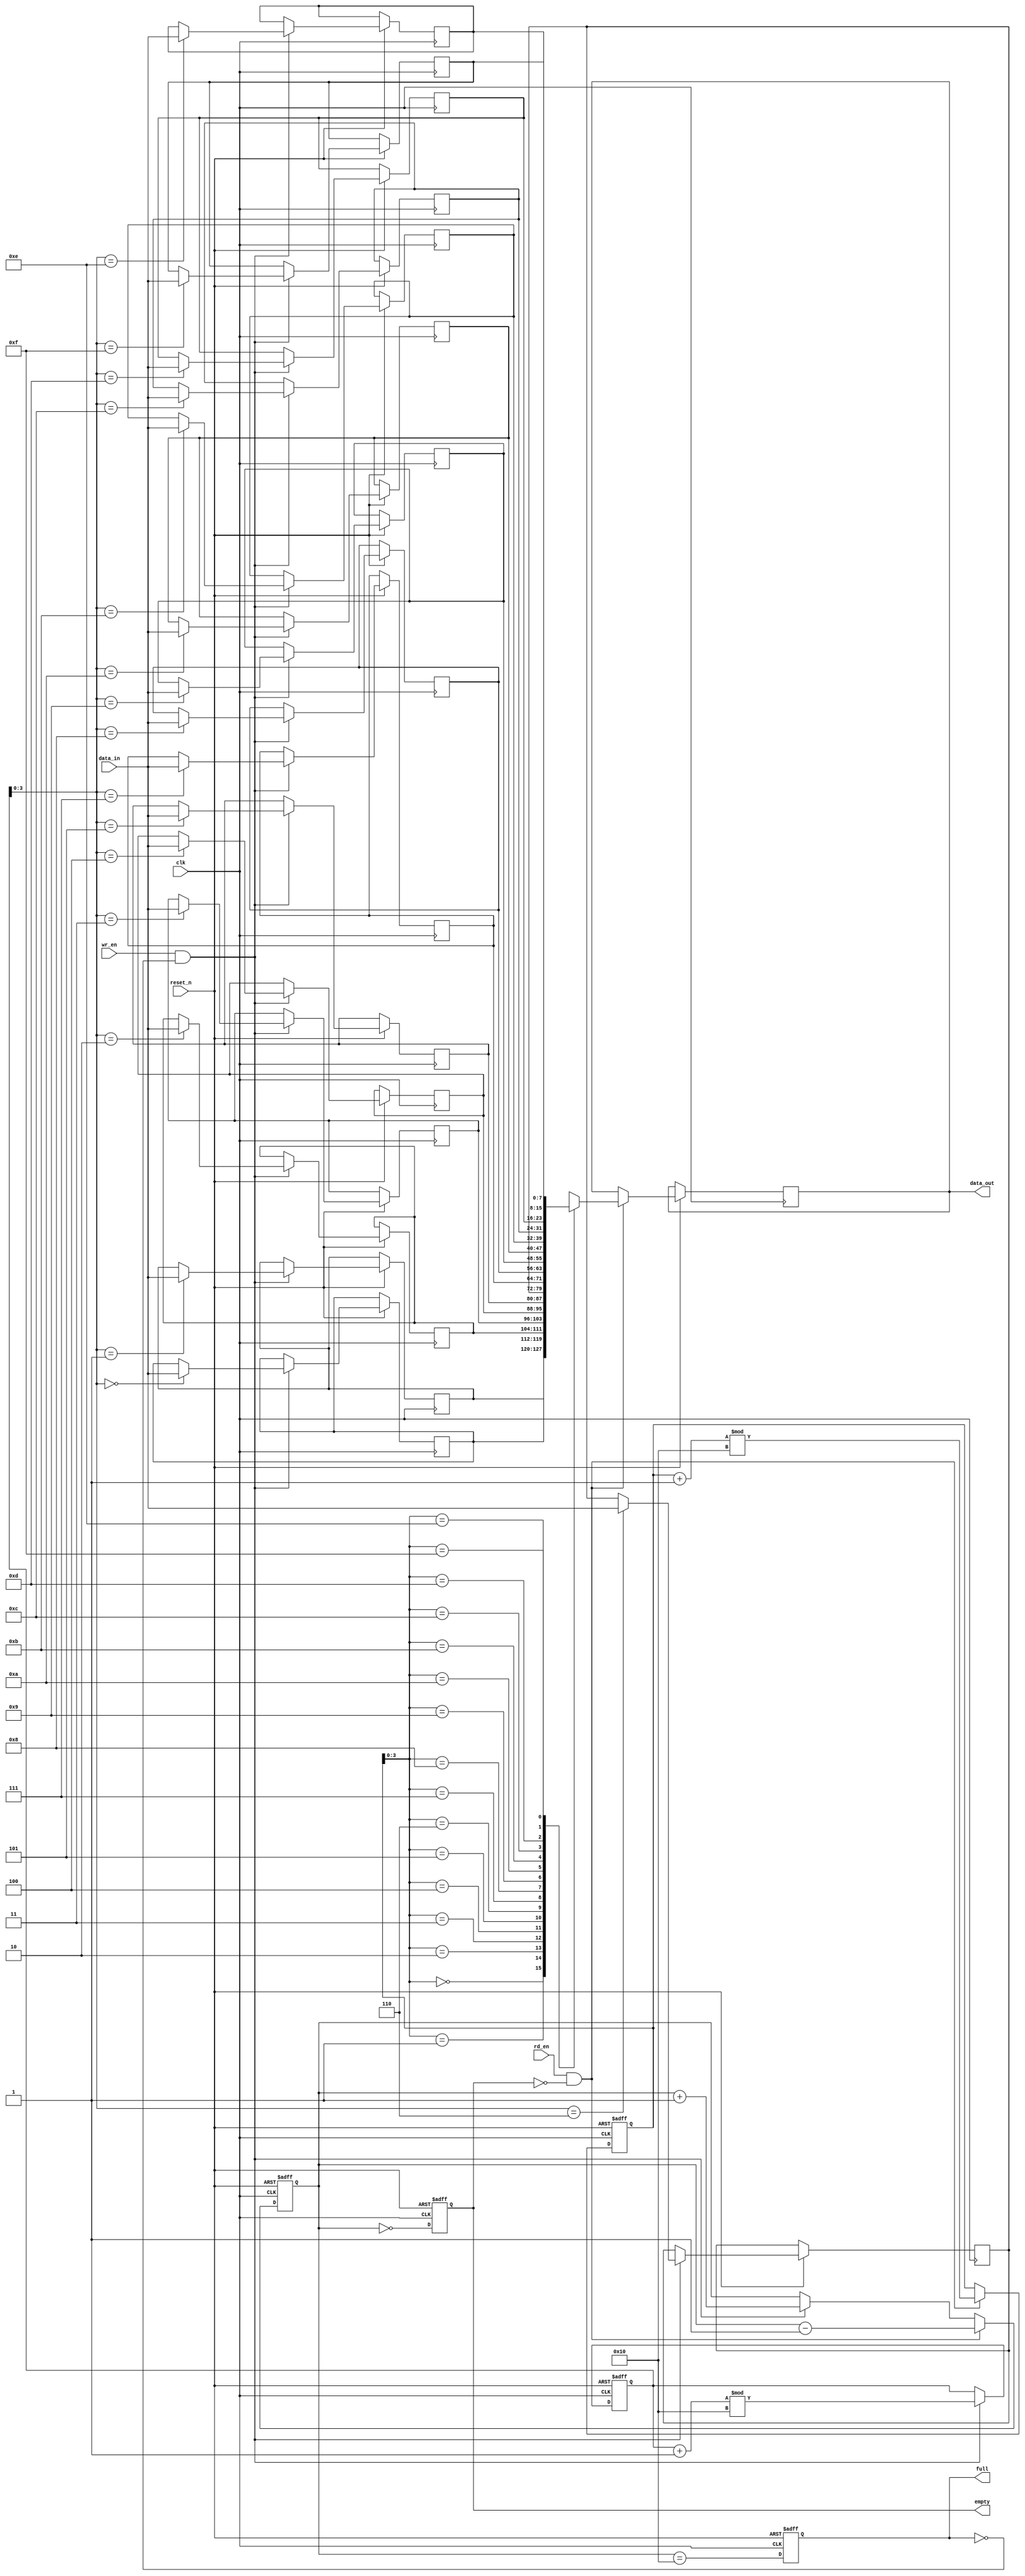
module parameterized_fifo #(
    parameter DATA_WIDTH = 8,              // Width of each data entry
    parameter FIFO_DEPTH = 16               // Depth of the FIFO (must be a power of 2)
) (
    input wire clk,                         // Clock signal
    input wire reset_n,                     // Asynchronous active low reset signal
    input wire wr_en,                       // Write enable signal
    input wire rd_en,                       // Read enable signal
    input wire [DATA_WIDTH-1:0] data_in,   // Data input
    output reg [DATA_WIDTH-1:0] data_out,  // Data output
    output reg full,                        // FIFO full flag
    output reg empty                        // FIFO empty flag
);

    // Internal storage for FIFO
    reg [DATA_WIDTH-1:0] fifo_mem [0:FIFO_DEPTH-1];
    reg [31:0] wr_ptr;                      // Write pointer
    reg [31:0] rd_ptr;                      // Read pointer
    reg [31:0] count;                       // Number of entries in the FIFO

    // Reset and Initialization
    always @(posedge clk or negedge reset_n) begin
        if (!reset_n) begin
            wr_ptr <= 0;
            rd_ptr <= 0;
            count <= 0;
            full <= 0;
            empty <= 1;
        end else begin
            // Write operation
            if (wr_en && !full) begin
                fifo_mem[wr_ptr] <= data_in;
                wr_ptr <= (wr_ptr + 1) % FIFO_DEPTH;
                count <= count + 1;
            end
            
            // Read operation
            if (rd_en && !empty) begin
                data_out <= fifo_mem[rd_ptr];
                rd_ptr <= (rd_ptr + 1) % FIFO_DEPTH;
                count <= count - 1;
            end

            // Update full and empty flags
            full <= (count == FIFO_DEPTH);
            empty <= (count == 0);
        end
    end
endmodule